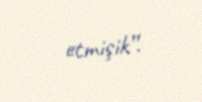
etmişik”.